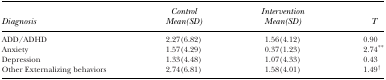
<table><thead><tr><td><b>Diagnosis</b></td><td><b>Control Mean(SD)</b></td><td><b>Intervention Mean(SD)</b></td><td><b>T</b></td></tr></thead><tbody><tr><td>ADD/ADHD</td><td>2.27(6.82)</td><td>1.56(4.12)</td><td>0.90</td></tr><tr><td>Anxiety</td><td>1.57(4.29)</td><td>0.37(1.23)</td><td>2.74**</td></tr><tr><td>Depression</td><td>1.33(4.48)</td><td>1.07(4.33)</td><td>0.43</td></tr><tr><td>Other Externalizing behaviors</td><td>2.74(6.81)</td><td>1.58(4.01)</td><td>1.49†</td></tr></tbody></table>